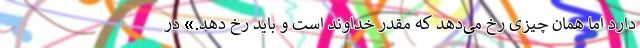
دارد اما همان چیزی رخ می‌دهد که مقدر خداوند است و باید رخ دهد.» در